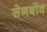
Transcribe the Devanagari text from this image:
सेनबोव